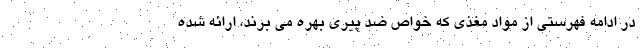
در ادامه فهرستی از مواد مغذی که خواص ضد پیری بهره می برند، ارائه شده